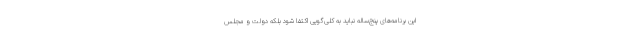
این برنامه‌های پنج‌ساله نباید به کلی‌گویی اکتفا شود بلکه دولت و مجلس